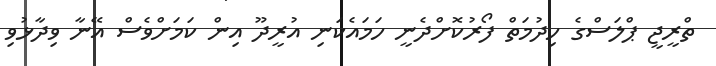
ތްރީޖީ ޕްލަސްގެ ހިދުމަތް ފޯރުކޮށްދެނީ ހަމައެކަނި އުރީދޫ އިން ކަމަށްވެސް އޭނާ ވިދާޅުވި